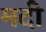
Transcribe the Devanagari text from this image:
मदी